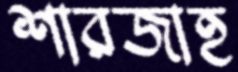
শারজাহ